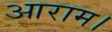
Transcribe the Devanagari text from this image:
आराम।